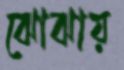
ঝোঝায়